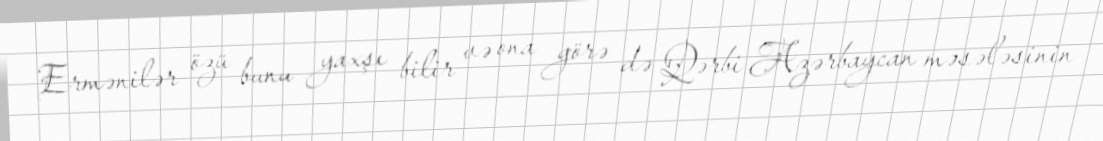
Ermənilər özü bunu yaxşı bilir və ona görə də Qərbi Azərbaycan məsələsinin